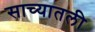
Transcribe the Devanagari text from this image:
साच्यातली